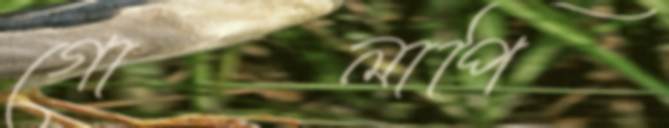
গোলাপি